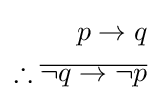
{\begin{aligned}p\rightarrow q\\\therefore {\overline {\neg q\rightarrow \neg p}}\\\end{aligned}}